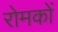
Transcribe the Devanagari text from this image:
रोमकों